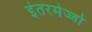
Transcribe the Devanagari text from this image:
इंतरमेज्जो